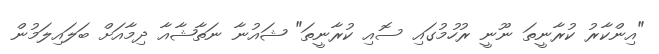
"އިންކާރު ކުރާނީތަ ނޫނީ ރުހުމުގައި ސޮއި ކުރާނީތަ" ޝައުނާ ނަތާޝާއާ ދިމާއަށް ބަލައިލަމުން